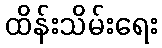
ထိန်းသိမ်းရေး